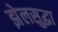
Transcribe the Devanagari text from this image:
झेलसुद्धा